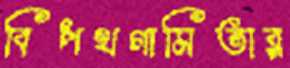
বিপথগামিতার